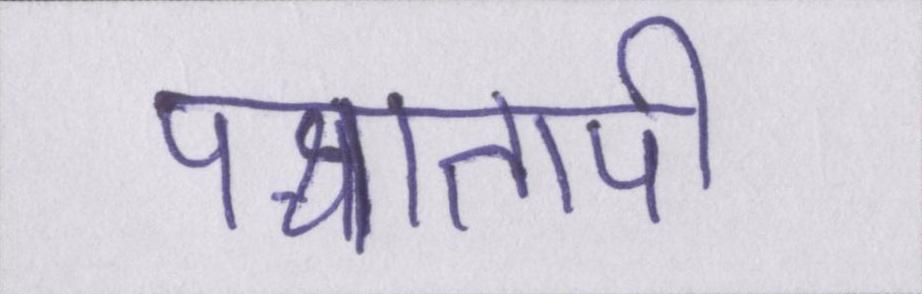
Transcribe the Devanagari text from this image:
पश्चातापी